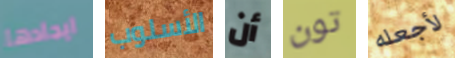
ايجادها الأسلوب أن تون لأجعله